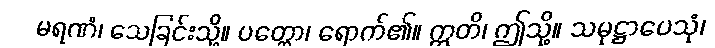
မရဏံ၊ သေခြင်းသို့။ ပတ္တော၊ ရောက်၏။ ဣတိ၊ ဤသို့။ သမုဋ္ဌာပေသုံ၊